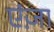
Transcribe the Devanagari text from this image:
एंज़ा